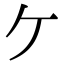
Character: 𫡏